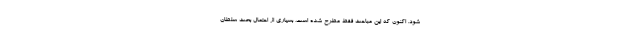
شود. اکنون که این مباحث فقط مطرح شده است، بسیاری از احتمال بحث سلطان